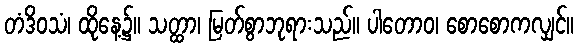
တံဒိဝသံ၊ ထိုနေ့၌။ သတ္ထာ၊ မြတ်စွာဘုရားသည်။ ပါတောဝ၊ စောစောကလျှင်။